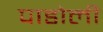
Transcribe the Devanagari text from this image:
पाडोली